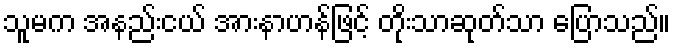
သူမက အနည်းငယ် အားနာဟန်ဖြင့် တိုးသာဆုတ်သာ ပြောသည်။